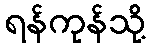
ရန်ကုန်သို့